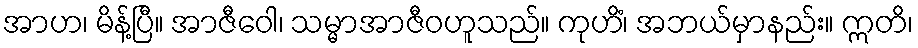
အာဟ၊ မိန့်ပြီ။ အာဇီဝေါ၊ သမ္မာအာဇီဝဟူသည်။ ကုဟိံ၊ အဘယ်မှာနည်း။ ဣတိ၊